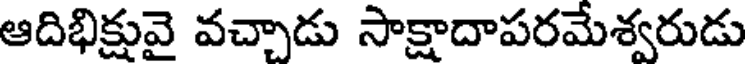
ఆదిభిక్షువై వచ్చాడు సాక్షాదాపరమేశ్వరుడు